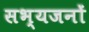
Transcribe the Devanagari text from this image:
सभ्यजनों